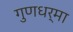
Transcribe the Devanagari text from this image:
गुणधर्मा